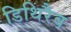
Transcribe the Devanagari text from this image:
डिथिरैव